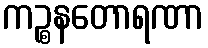
ကဉ္စနတောရဏာ